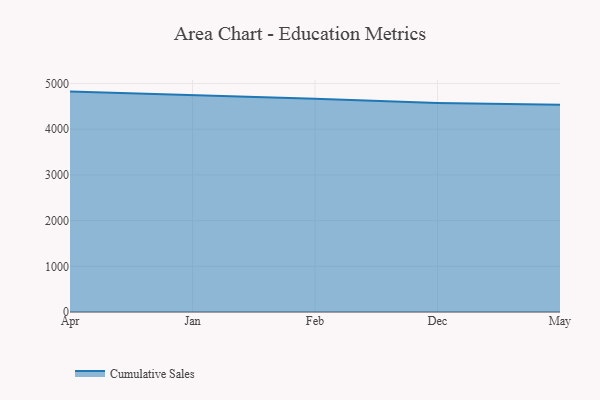
{"axis": {"x": "Month", "y": "LTV (USD)"}, "legend": ["Cumulative Sales"], "data": [{"x": "Apr", "y": 4823.2, "type": "Cumulative Sales"}, {"x": "Jan", "y": 4745.9, "type": "Cumulative Sales"}, {"x": "Feb", "y": 4665.4, "type": "Cumulative Sales"}, {"x": "Dec", "y": 4572.5, "type": "Cumulative Sales"}, {"x": "May", "y": 4536.6, "type": "Cumulative Sales"}]}